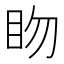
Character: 䀛